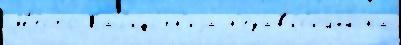
М'е́сто Кал'ифо́рн'иjа н'езав'и́с'имый на